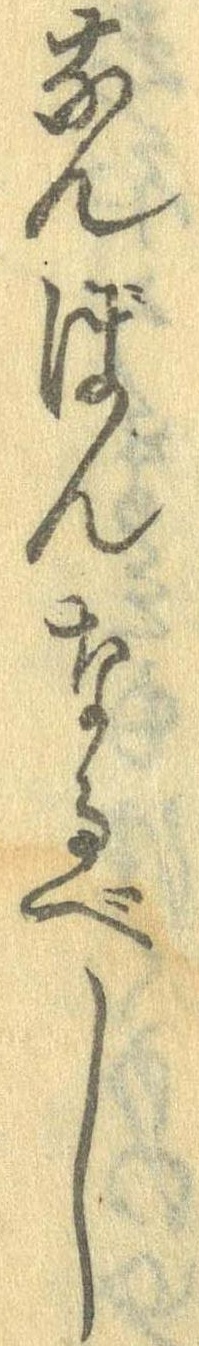
なんばんなるべし